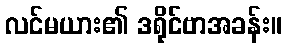
လင်မယား၏ ဒရိုင်ဗာအခန်း။